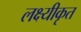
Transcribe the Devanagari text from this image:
लक्ष्यीकृत